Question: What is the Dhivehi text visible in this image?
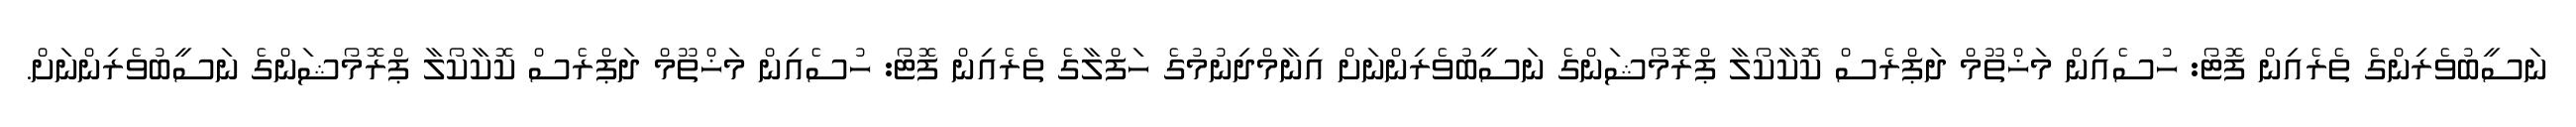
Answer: ނަސީބުވެރިންގެ ތެރެއިން ފޮޓޯ: ހުސެއިން މަޚްތޫމް ދަޕްރެސް ކޮކާކޯލާ ޕްރޮމޯޝަންގެ ނަސީބުވެރިންނަށް އިނާމްދިނުމުގެ ހަފްލާގެ ތެރެއިން ފޮޓޯ: ހުސެއިން މަޚްތޫމް ދަޕްރެސް ކޮކާކޯލާ ޕްރޮމޯޝަންގެ ނަސީބުވެރިންނަށް.